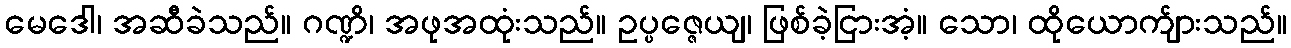
မေဒေါ၊ အဆီခဲသည်။ ဂဏ္ဍိ၊ အဖုအထုံးသည်။ ဥပ္ပဇ္ဇေယျ၊ ဖြစ်ခဲ့ငြားအံ့။ သော၊ ထိုယောက်ျားသည်။